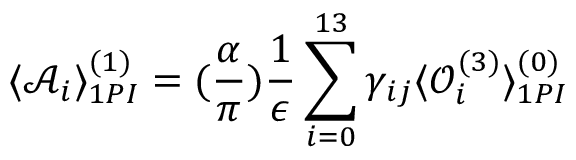
\langle \mathcal A _ { i } \rangle _ { 1 P I } ^ { ( 1 ) } = ( \frac { \alpha } { \pi } ) \frac { 1 } { \epsilon } \sum _ { i = 0 } ^ { 1 3 } \gamma _ { i j } \langle \mathcal O _ { i } ^ { ( 3 ) } \rangle _ { 1 P I } ^ { ( 0 ) }